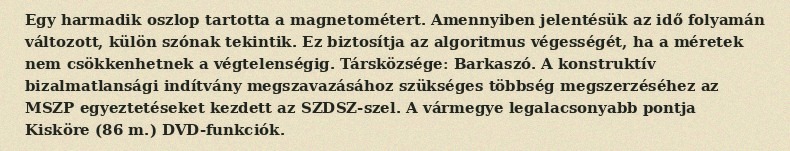
Egy harmadik oszlop tartotta a magnetométert. Amennyiben jelentésük az idő folyamán változott, külön szónak tekintik. Ez biztosítja az algoritmus végességét, ha a méretek nem csökkenhetnek a végtelenségig. Társközsége: Barkaszó. A konstruktív bizalmatlansági indítvány megszavazásához szükséges többség megszerzéséhez az MSZP egyeztetéseket kezdett az SZDSZ-szel. A vármegye legalacsonyabb pontja Kisköre (86 m.) DVD-funkciók.